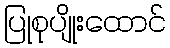
ပြုစုပျိုးထောင်